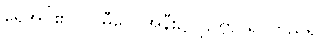
ရေအိုင်၏။ သမီပေ၊ အနီး၌။ ဌတွာ၊ ရပ်တည်၍။